Civil Veterinary Department Bihar & Orissa reports 1922-29 - 1922-1929
Year: 1922
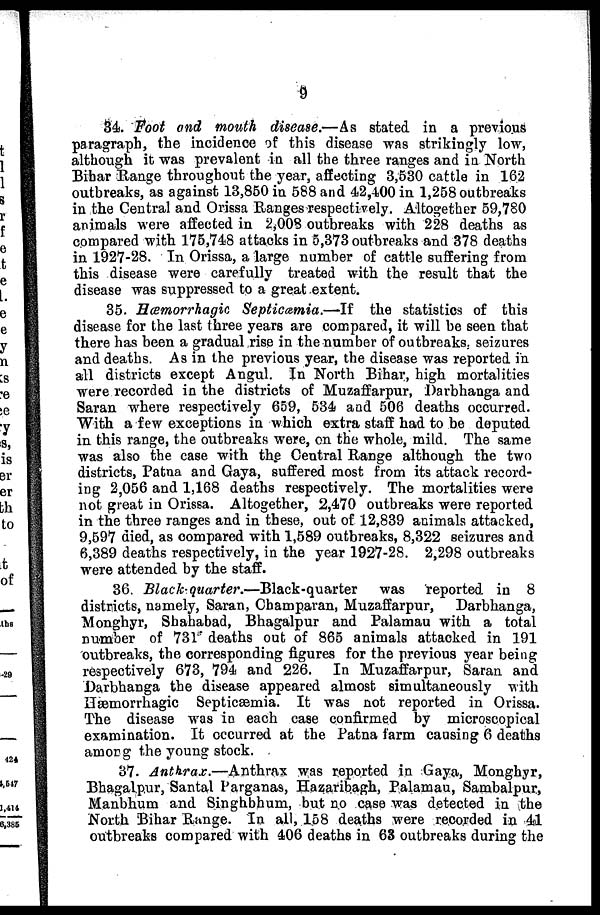
9
34. Foot and mouth disease.—As stated in a previous
paragraph, the incidence of this disease was strikingly low,
although it was prevalent in all the three ranges and in North
Bihar Range throughout the year, affecting 3,530 cattle in 162
outbreaks, as against 13,850 in 588 and 42,400 in 1,258 outbreaks
in the Central and Orissa Ranges respectively. Altogether 59,780
animals were affected in 2,008 outbreaks with 228 deaths as
compared with 175,748 attacks in 5,373 outbreaks and 378 deaths
in 1927-28. In Orissa, a large number of cattle suffering from
this disease were carefully treated with the result that the
disease was suppressed to a great extent.
35. Hæmorrhagic Septicemia.—If
the statistics of this
disease for the last three years are compared, it will be seen that
there has been a gradual rise in the number of outbreaks, seizures
and deaths. As in the previous year, the disease was reported in
all districts except Angul. In North Bihar, high mortalities
were recorded in the districts of Muzaffarpur, Darbhanga and
Saran where respectively 659, 534 and 506 deaths occurred.
With a few exceptions in which extra staff had to be deputed
in this range, the outbreaks were, on the whole, mild. The same
was also the case with the Central Range although the two
districts, Patna and Gaya, suffered most from its attack record-
ing 2,056 and 1,168 deaths respectively. The mortalities were
not great in Orissa. Altogether, 2,470 outbreaks were reported
in the three ranges and in these, out of 12,839 animals attacked,
9,597 died, as compared with 1,589 outbreaks, 8,322 seizures and
6,389 deaths respectively, in the year 1927-28. 2,298 outbreaks
were attended by the staff.
36. Black-quarter.—Black-quarter
was reported, in 8
districts, namely, Saran, Champaran, Muzaffarpur,
Darbhanga,
Monghyr, Shahabad, Bhagalpur and Palamau with a total
number of 731 deaths out of 865 animals attacked in 191
outbreaks, the corresponding figures for the previous year being
respectively 673, 794 and 226. In Muzaffarpur, Saran and
Darbhanga the disease appeared almost simultaneously with
Hæmorrhagic Septicaemia. It was not reported in Orissa.
The disease was in each case confirmed by microscopical
examination. It occurred at the Patna farm causing 6 deaths
among the young stock.
37. Antkrax.—Anthrax
was reported in Gaya, Monghyr,
Bhagalpur, Santal Parganas, Hazaribagh, Palamau, Sambalpur,
Manbhum and Singhbhum, but no case was detected in the
North Bihar Range. In all, 158 deaths were recorded in 41
outbreaks compared with 406 deaths in 63 outbreaks during the